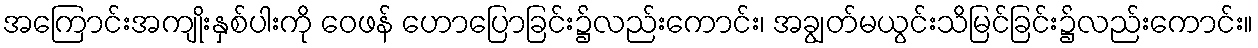
အကြောင်းအကျိုးနှစ်ပါးကို ဝေဖန် ဟောပြောခြင်း၌လည်းကောင်း၊ အချွတ်မယွင်းသိမြင်ခြင်း၌လည်းကောင်း။